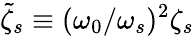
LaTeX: \tilde{\zeta}_{s}\equiv(\omega_{0}/\omega_{s})^{2}\zeta_{s}